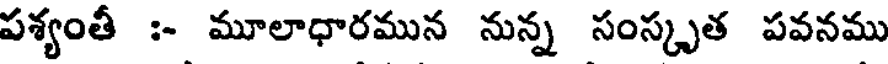
పశ్యంతీ :- మూలాధారమున నున్న సంస్కృత పవనము